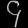
Digit: ၄